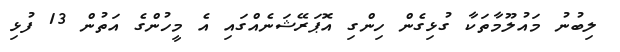
ލިބުނު މައުލޫމާތަކާ ގުޅިގެން ހިންގި އޮޕަރޭޝަނެއްގައި އެ މީހުންގެ އަތުން 13 ފުޅި